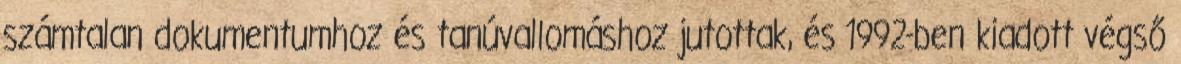
számtalan dokumentumhoz és tanúvallomáshoz jutottak, és 1992-ben kiadott végső